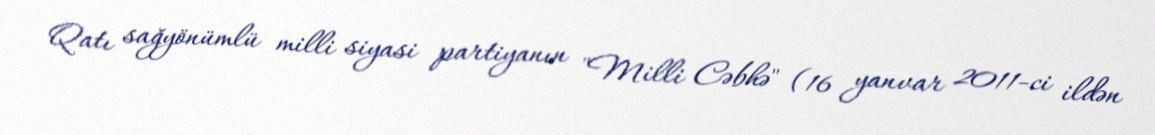
Qatı sağyönümlü milli siyasi partiyanın "Milli Cəbhə" (16 yanvar 2011-ci ildən